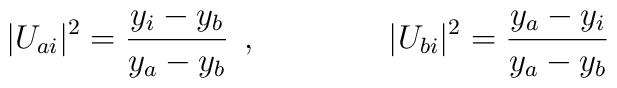
\vert U_{ai}\vert^2=\frac{y_i-y_b}{y_a-y_b}\:\:,\qquad\qquad\vert U_{bi}\vert^2=\frac{y_a-y_i}{y_a-y_b}